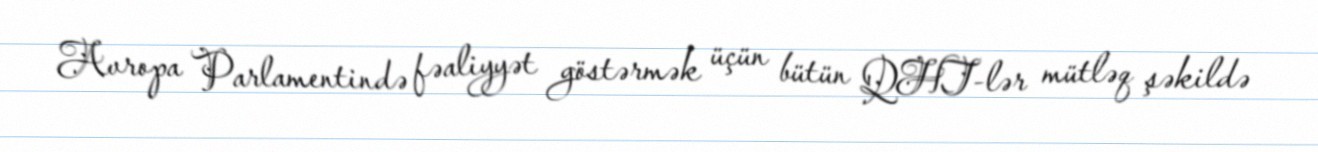
Avropa Parlamentində fəaliyyət göstərmək üçün bütün QHT-lər mütləq şəkildə